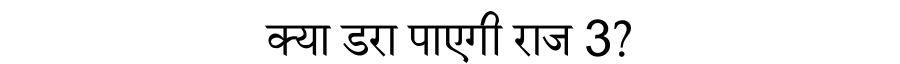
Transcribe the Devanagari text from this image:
क्या डरा पाएगी राज 3?